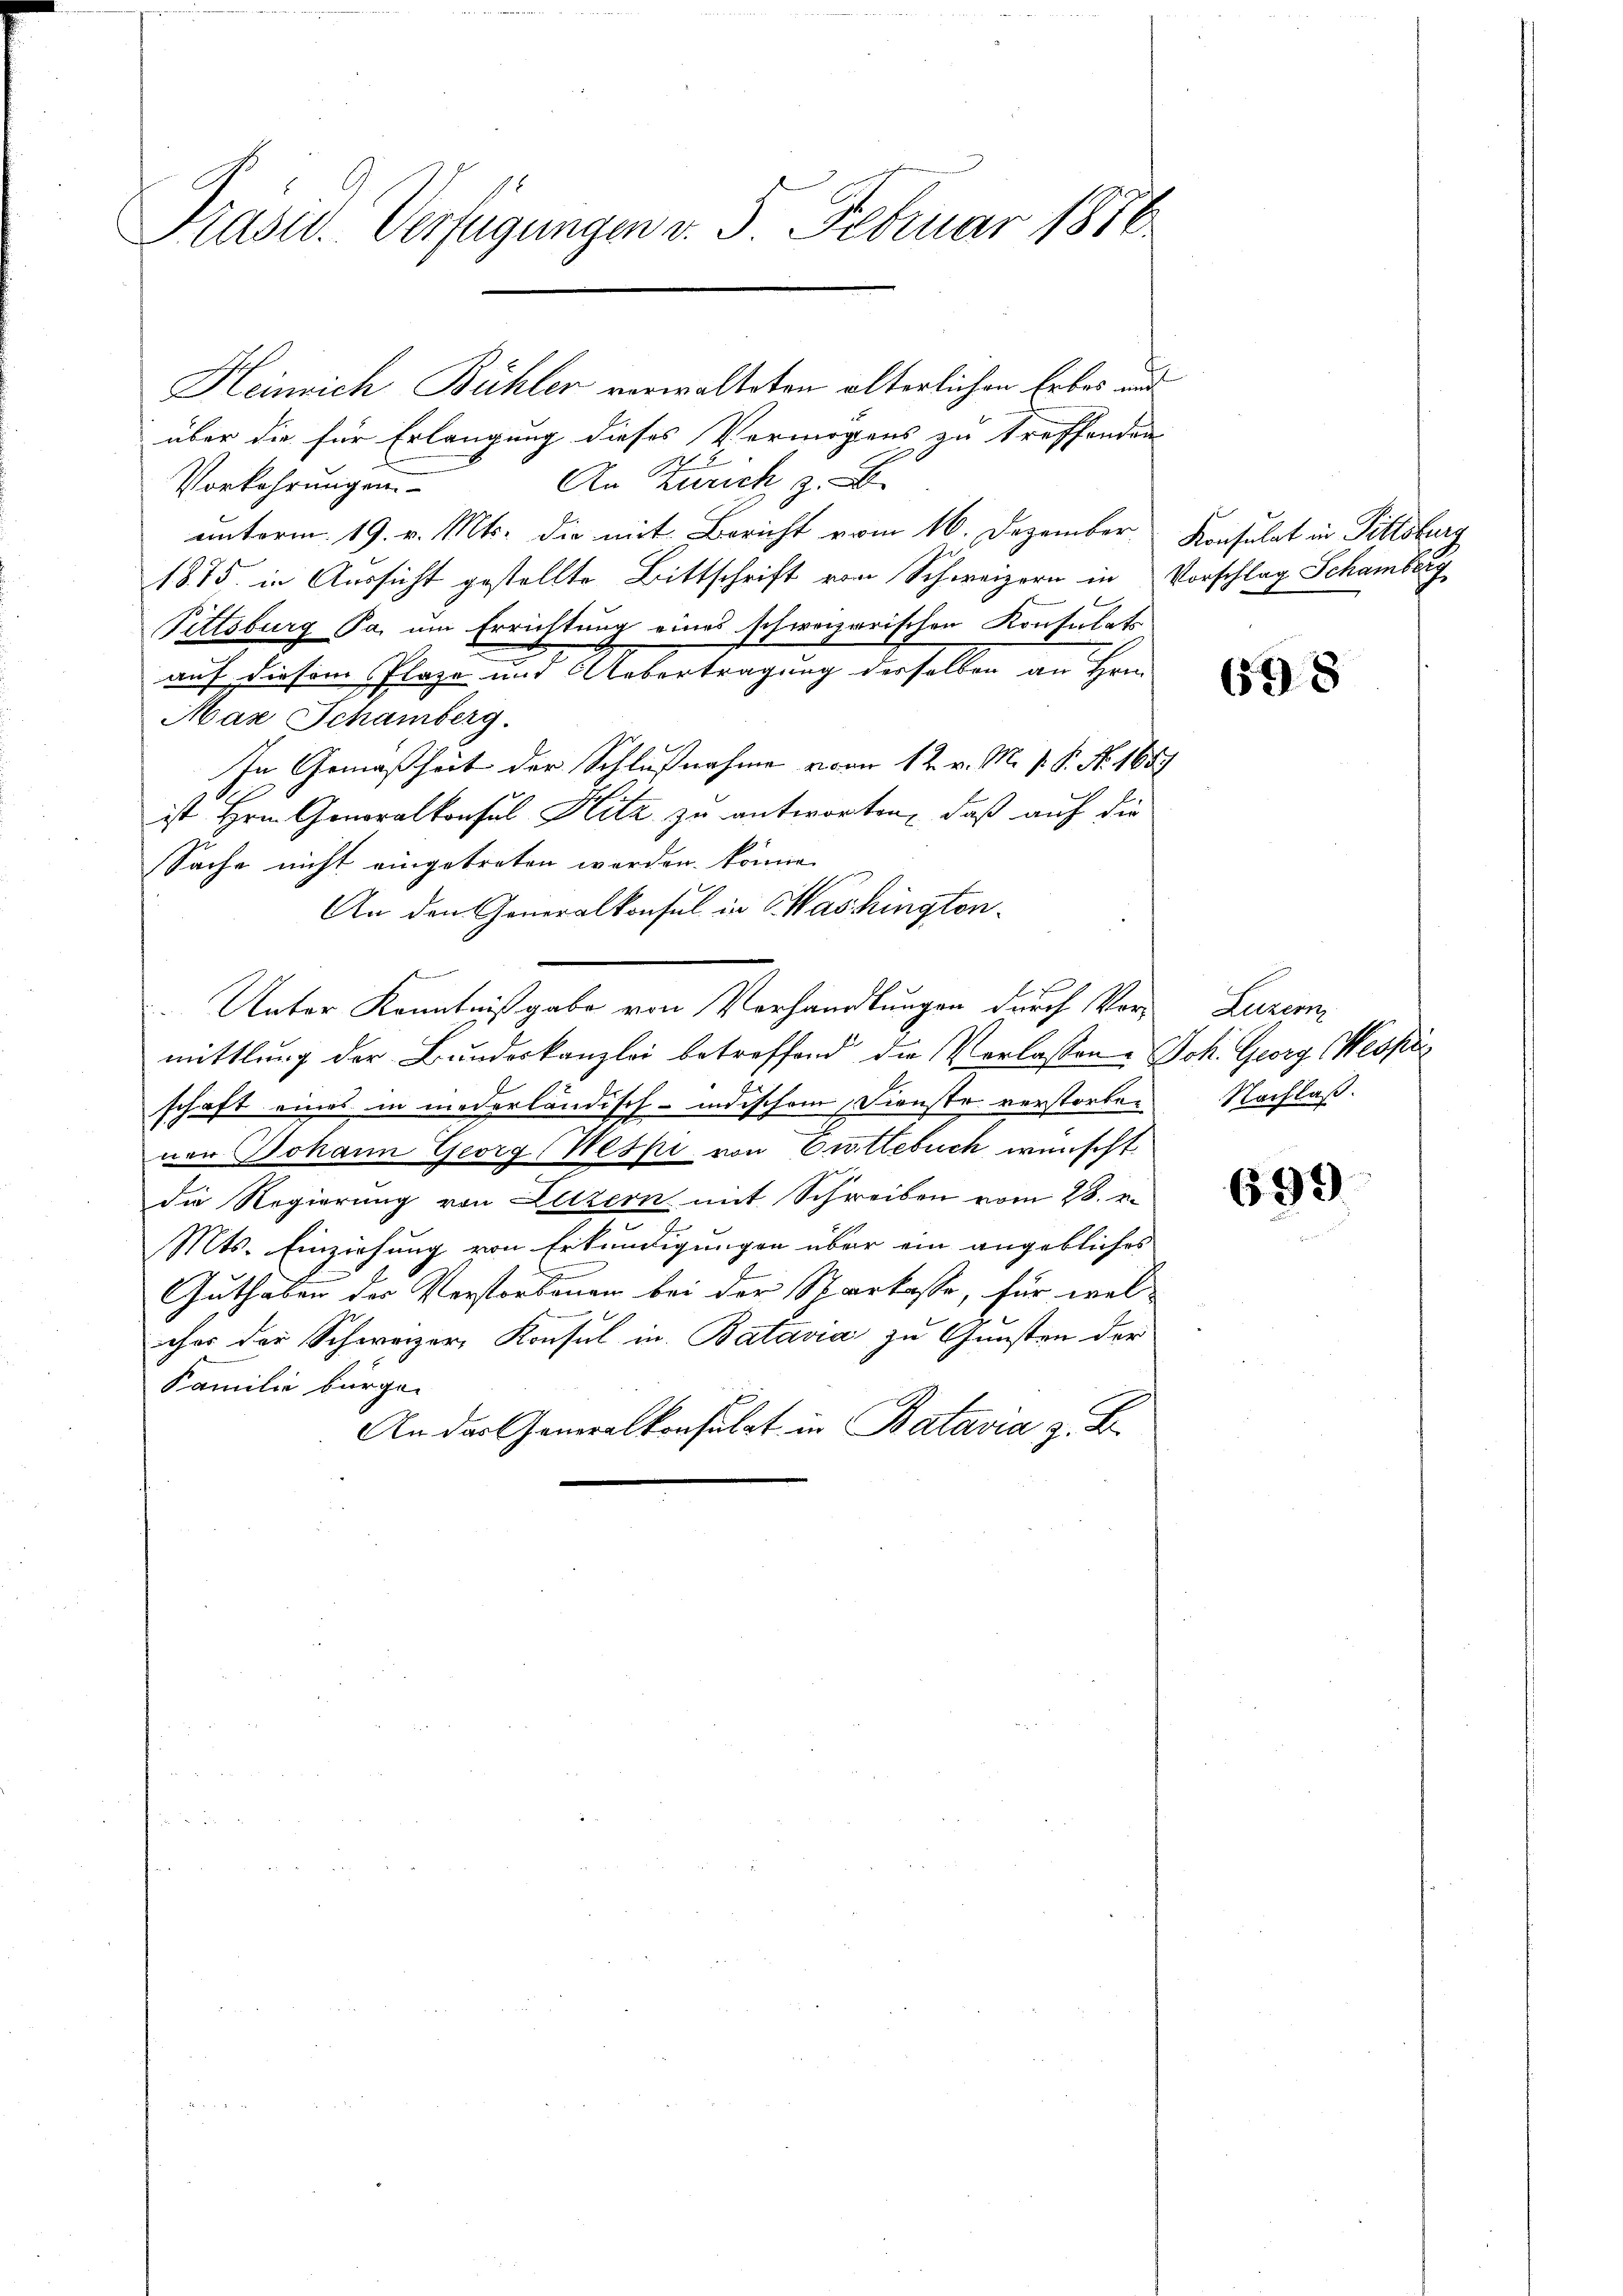
Präsid. Verfügungen v. 5. Februar 1886

Heinrich Bühler verwalteten älterlichen Erbes und
über die für Erlangung dieses Vermögens zu treffenden
7
An Zürich z.
Vorkehrungen.
unterm 19. v. Mts. die mit Bericht vom 16. Dezember Konsulat in Pittsburg
1875. in Aussicht gestellte Bittschrift von Schweizern in Vorschlag Schamberg
Pittsburg Pa, um Errichtung eines schweizerischen Konsulats
auf diesem Plaze und Uebertragung derselben an Hrn.
Max Schamberg.
In Gemäßheit der Schlußnahme vom 12. v. M. v. P. Nr. 165
ist Hrn. Generalkonsul Hitz zu antworten, daß auf die
Sache nicht eingetreten worden könne.
An den Generalkonsul in Washington.
Unter Kenntnißgabe von Verhandlungen durch Vermittlung der Bundeskanzlei betreffend die Verlassen Joh. Georg Wespi
schaft eines in niederländisch-indischem Dienste verstorben
ner Johann Georg (Weski von Entlebuch wünscht
die Regierung von Letzern mit Schreiben vom 28. v.
Mts. Einziehung von Erkundigungen über ein angebliches
e
Guthaben der Verstorbenen bei der Sparkasse, für wel-
cher der Schweizer, Konsul in Batavia zu Gunsten der
Familie bürger
An das Generalkonsulat in Batavia z. B.

698

Lurem
Nachlaß.

699